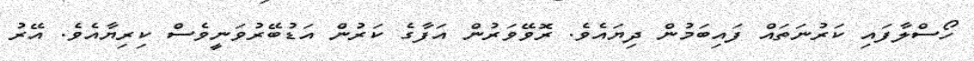
ހޯސްލާފައި ކަރުނަތައް ފައިބަމުން ދިޔައެވެ. ރޮވޭވަރުން އަފާގެ ކަރުން އަޑުބޭރުވަނީވެސް ކިރިޔާއެވެ. އޭރު